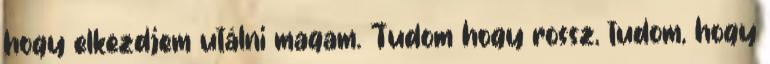
hogy elkezdjem utálni magam. Tudom hogy rossz, tudom, hogy